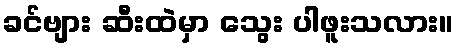
ခင်ဗျား ဆီးထဲမှာ သွေး ပါဖူးသလား။